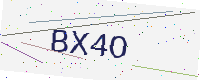
Text: BX4O